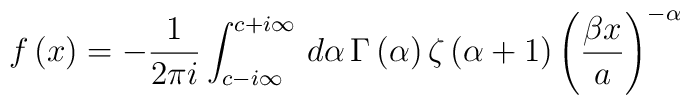
f\left( x\right) =-\frac{1}{2\pi i}\int _{c-i\infty }^{c+i\infty }\, d\alpha \, \Gamma \left( \alpha \right) \zeta \left( \alpha +1\right) \left( \frac{\beta x}{a}\right) ^{-\alpha }